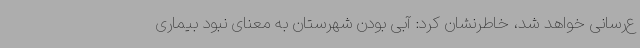
ع‌رسانی خواهد شد، خاطرنشان کرد: آبی بودن شهرستان به معنای نبود بیماری